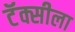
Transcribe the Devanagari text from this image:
टॅक्सीला